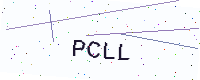
Text: PCLL